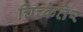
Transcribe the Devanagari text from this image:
च्रिच्केतेर